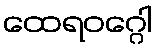
ထေရဝဂ္ဂေါ